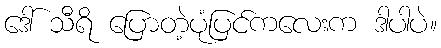
ဒေါ် သီရိ ပြောတဲ့ပုံပြင်ကလေးက ဒါပါပဲ။